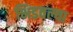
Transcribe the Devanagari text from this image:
भिडवल्या